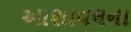
આશાવલના